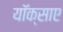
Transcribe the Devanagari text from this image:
यॉक्साए